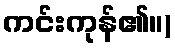
ကင်းကုန်၏။)